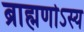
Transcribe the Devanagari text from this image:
ब्राह्मणोऽस्य